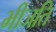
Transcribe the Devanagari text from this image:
भीजति